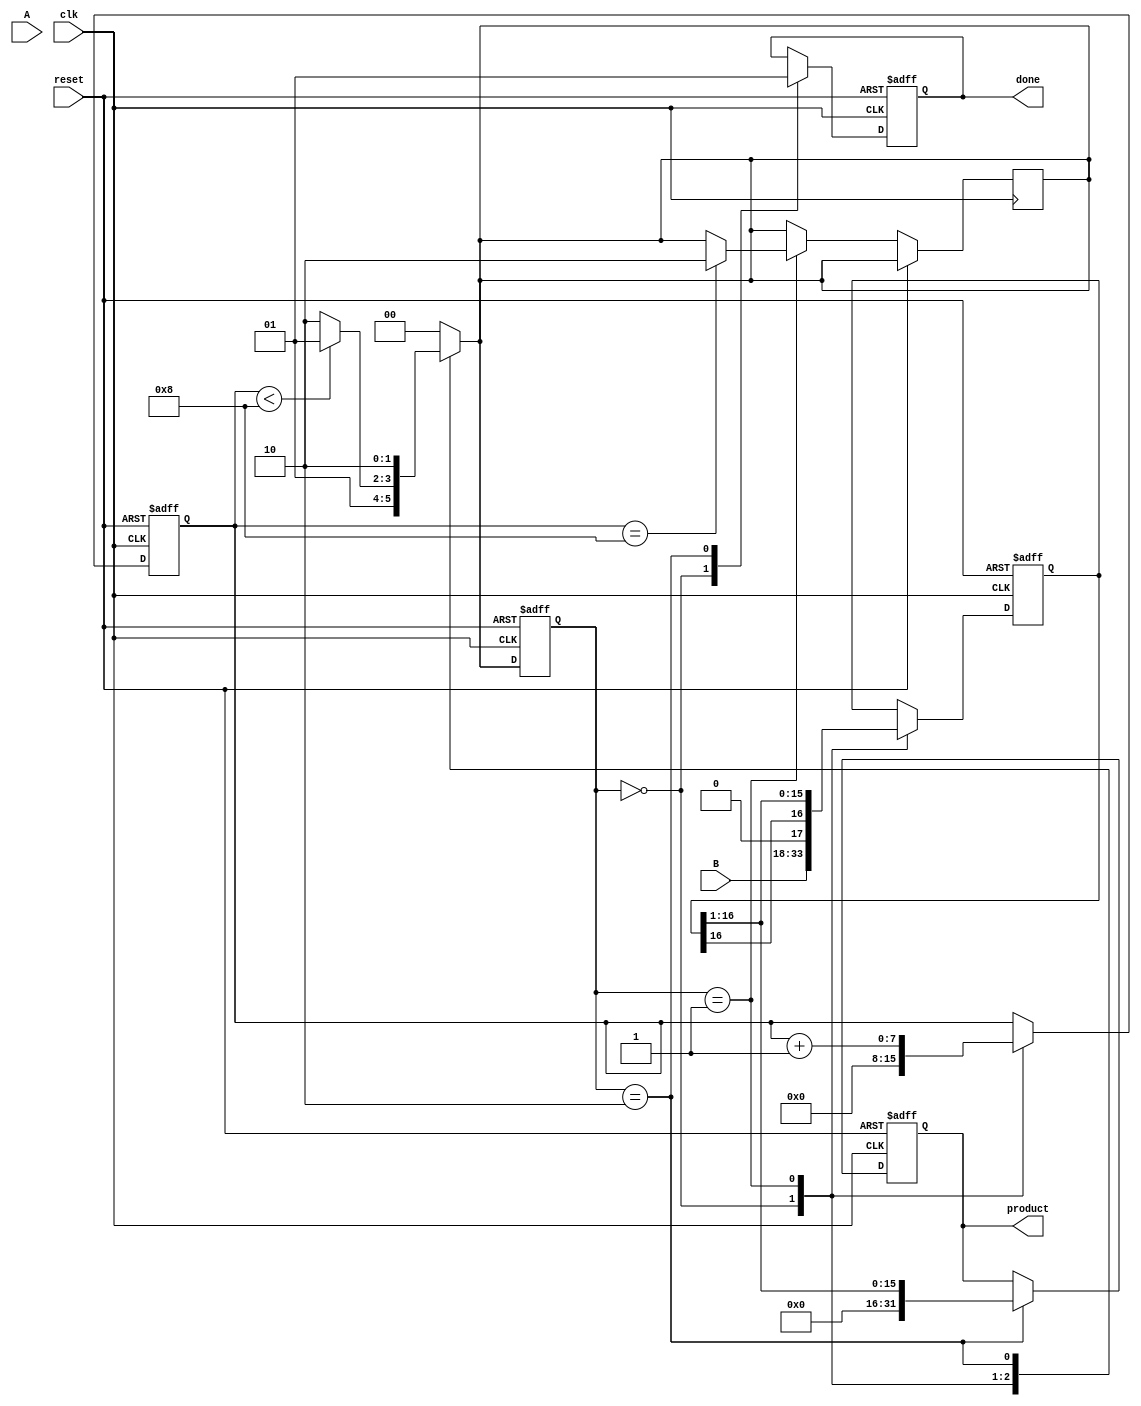
module modified_booth_multiplier (
    input wire clk,
    input wire reset,
    input wire signed [15:0] A, // Multiplicand
    input wire signed [15:0] B, // Multiplier
    output reg signed [31:0] product, // Product output
    output reg done // Indicates completion of multiplication
);

    reg [16:0] A_ext; // Extended A for subtraction
    reg [16:0] P; // Product register
    reg [7:0] count; // Count for iterations
    reg [2:0] booth_code; // Booth encoding
    reg [1:0] B_reg; // Register for current and next bits of B

    // State definitions
    localparam IDLE = 2'b00;
    localparam COMPUTE = 2'b01;
    localparam DONE = 2'b10;
    reg [1:0] state, next_state;

    // Booth encoding logic
    always @(*) begin
        case (B_reg)
            2'b00: booth_code = 3'b000; // 0
            2'b01: booth_code = 3'b001; // +1
            2'b10: booth_code = 3'b010; // -1
            2'b11: booth_code = 3'b000; // 0 (continue)
            default: booth_code = 3'b000;
        endcase
    end

    // Main computation logic
    always @(posedge clk or posedge reset) begin
        if (reset) begin
            product <= 0;
            P <= 0;
            count <= 0;
            state <= IDLE;
            done <= 0;
        end else begin
            state <= next_state;
            case (state)
                IDLE: begin
                    // Initialize values
                    A_ext <= {1'b0, A}; // Extend A
                    P <= {1'b0, B, 1'b0}; // Extend B with an extra bit
                    B_reg <= P[1:0]; // Initialize B_reg
                    count <= 0;
                    done <= 0;
                end
                COMPUTE: begin
                    // Perform the Booth multiplication steps
                    case (booth_code)
                        3'b001: P[16:1] <= P[16:1] + A_ext; // Add A
                        3'b010: P[16:1] <= P[16:1] - A_ext; // Subtract A
                        default: ; // Do nothing
                    endcase
                    // Shift right
                    P <= {P[16], P[16:1]}; // Shift right
                    count <= count + 1;
                    B_reg <= P[1:0]; // Update B_reg
                    if (count == 8) begin
                        next_state <= DONE; // Move to done state
                    end
                end
                DONE: begin
                    product <= P[16:1]; // Store final product
                    done <= 1; // Indicate completion
                end
            endcase
        end
    end

    // State transition logic
    always @(*) begin
        case (state)
            IDLE: next_state = COMPUTE;
            COMPUTE: next_state = (count < 8) ? COMPUTE : DONE;
            DONE: next_state = DONE;
            default: next_state = IDLE;
        endcase
    end

endmodule